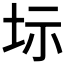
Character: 𡊆